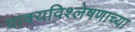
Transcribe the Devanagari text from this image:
वाक्यविश्लेषणाच्या